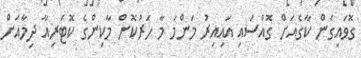
ގޮވައިގެން ކާގެއަށް ގޮއްސައި އައިއިރު މަންމަ މާ ހަރުކޮށް މާކިންގެ ކޮޓަރިއާ ދިމާއަށް